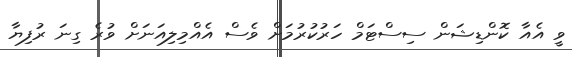
ވީ އެއާ ކޮންޑިޝަން ސިސްޓަމް ހަރުކުރުމަށް ވެސް އެއްމިލިއަނަށް ވުރެ ގިނަ ރުފިޔާ